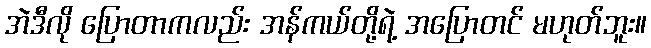
အဲဒီလို ပြောတာကလည်း အန်ကယ်တို့ရဲ့ အပြောတင် မဟုတ်ဘူး။